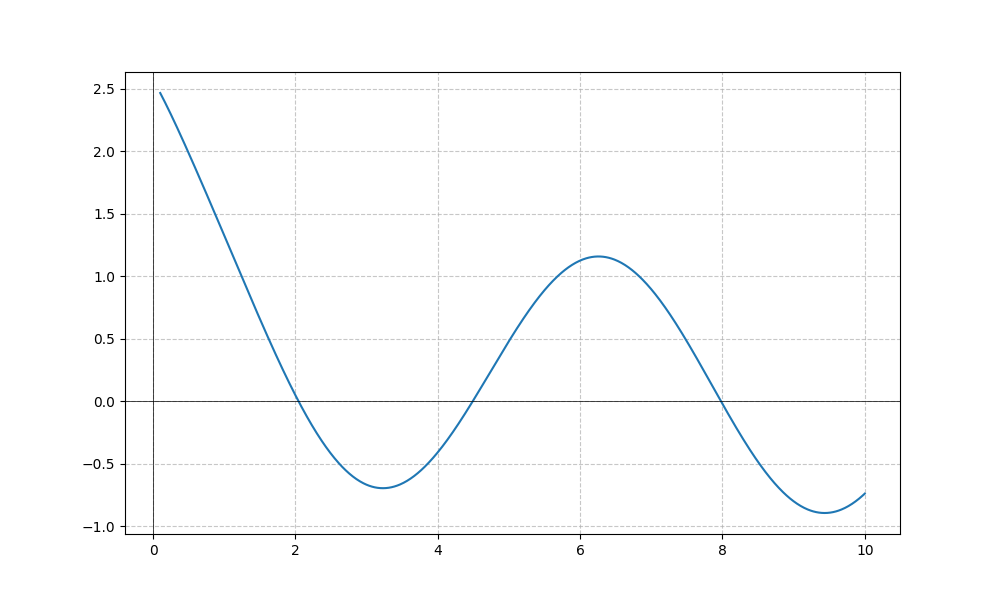
LaTeX formula: \cos{\left(x \right)} + \operatorname{acot}{\left(x \right)}